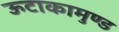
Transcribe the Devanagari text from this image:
ऊटाकामुण्ड